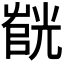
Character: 𫵰